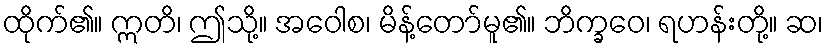
ထိုက်၏။ ဣတိ၊ ဤသို့။ အဝေါစ၊ မိန့်တော်မူ၏။ ဘိက္ခဝေ၊ ရဟန်းတို့။ ဆ၊